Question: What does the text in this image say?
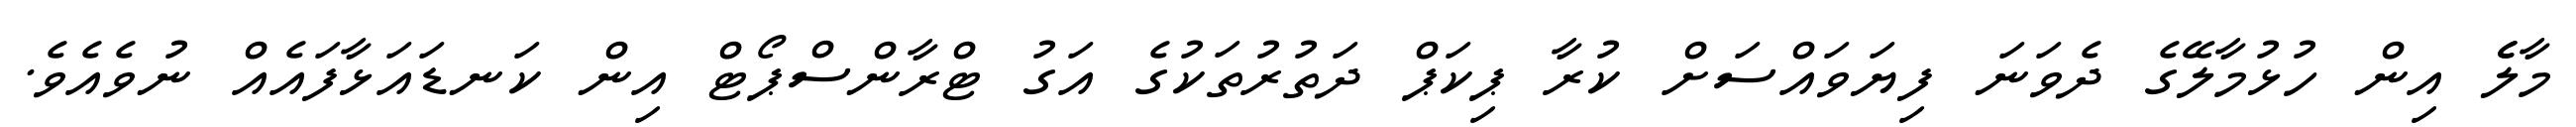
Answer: މާލެެ އިން ހުޅުމާލޭގެ ދެވަނަ ފިޔަވައްސަށް ކުރާ ޕިކަޕް ދަތުރުތަކުގެ އަގު ޓްރާންސްޕޯޓް އިން ކަނޑައަޅާފައެއް ނުވެއެވެ.